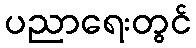
ပညာရေးတွင်